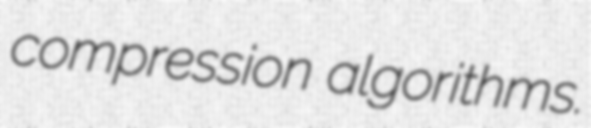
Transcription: compression algorithms.